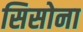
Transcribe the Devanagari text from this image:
सिसोना